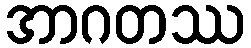
အာဂတဿ